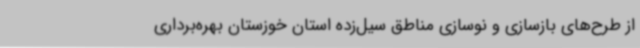
از طرح‌های بازسازی و نوسازی مناطق سیل‌زده استان خوزستان بهره‌برداری